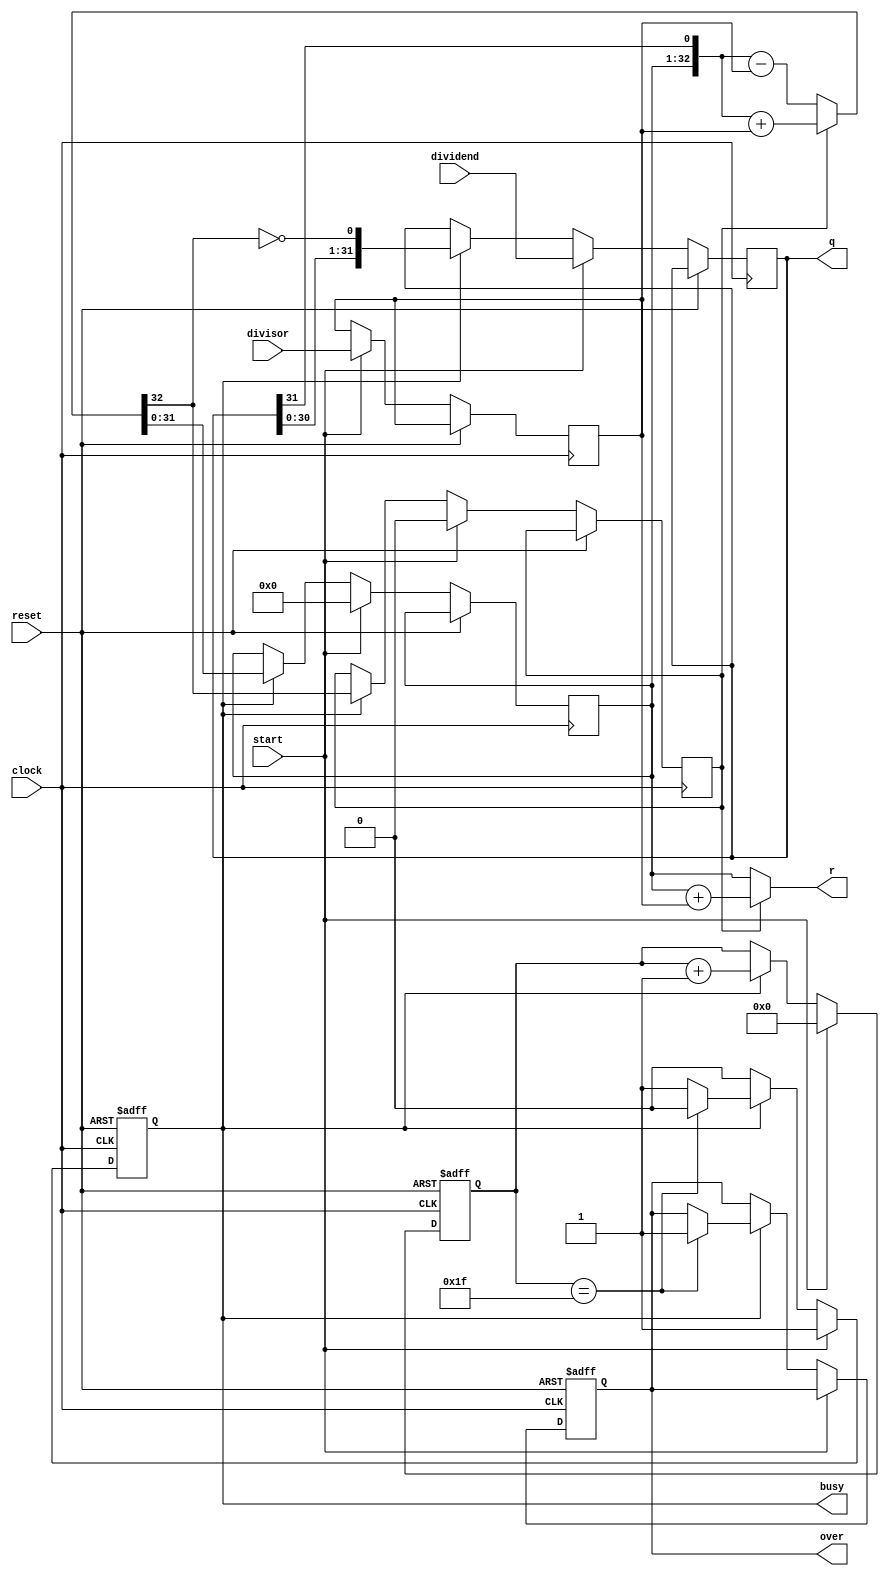
`timescale 1ns / 1ps
//////////////////////////////////////////////////////////////////////////////////
// Company: 
// Engineer: 
// 
// Design Name: 
// Module Name: DIVU
// Project Name: 
// Target Devices: 
// Tool Versions: 
// Description: 
// 
// Dependencies: 
// 
// Revision:
// Revision 0.01 - File Created
// Additional Comments:
// 
//////////////////////////////////////////////////////////////////////////////////


module DIVU1(
    input [31:0] dividend,
    input [31:0] divisor,
    input start,
    input clock,
    input reset,
    output [31:0] q,
    output [31:0] r,
    output reg busy,
     output reg over
    );
  //  assign q=dividend/divisor;
   // assign r=dividend%divisor;
    reg[4:0]count;
    reg [31:0] reg_q;//
    reg [31:0] reg_r;//
    reg [31:0] reg_b;//
    reg r_sign;//r_sign
    
    wire [32:0]sub_add=r_sign?({reg_r,q[31]}+{1'b0,reg_b}):({reg_r,q[31]}-{1'b0,reg_b});
    assign r = r_sign? reg_r + reg_b : reg_r;//0
    assign q = reg_q;
    always @ (posedge clock or posedge reset)begin
    if(reset)begin
     count<=5'b0;
     busy<=0;
     over<=0;
   end
   else begin
     if(start)begin
     reg_r <= 32'b0;
     r_sign <= 0;
     reg_q <= dividend;
     reg_b <= divisor;
     count <= 5'b0;
     busy <= 1'b1;
     end
     else if(busy)begin
     reg_r<=sub_add[31:0];//
     r_sign<=sub_add[32];//
     reg_q<={reg_q[30:0],~sub_add[32]};  //
     count<=count+4'b1;   //
     if(count == 5'b11111)begin
     busy<=0;
     over<=1;
     end
     end
     end
     end
     endmodule